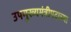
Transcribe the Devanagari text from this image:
उपमुख्यमंत्रीपदाच्या